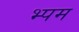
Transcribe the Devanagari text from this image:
भ्पम